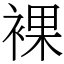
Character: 裸